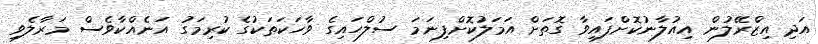
އަދި އިޒްރޭލުން އިއުލާނުކޮށްފައިވާ ގޮތަށް އަމަލުކޮށްފިނަމަ ސުލްހައިގެ ވާހަކަތަކުގެ ކުރިމަގު އަނެއްކާވެސް މަރާލެވި